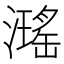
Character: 𤁓